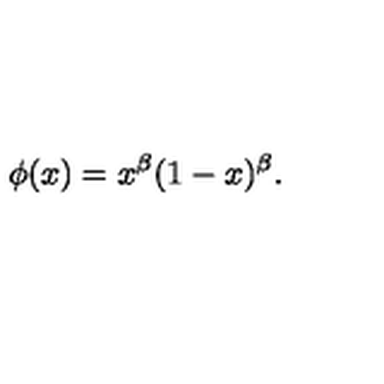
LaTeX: \phi ( x ) = x ^ { \beta } ( 1 - x ) ^ { \beta } .